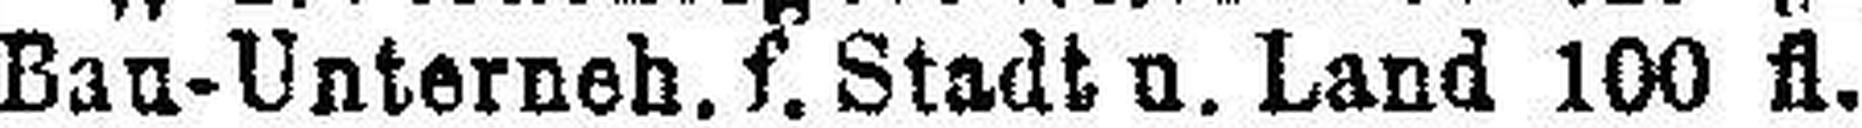
Bau-Unterneh. f. Stadt u. Land 100 fl.